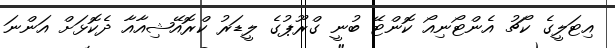
އިޓަލީގެ ކޯޗު އެންޓޯނިއޯ ކޮންޓޭ ބުނީ ގްރޫޕުގެ ލީޑަރު ކްރޮއޭޝިއާއާ ދެކޮޅަށް އަންނަ